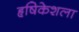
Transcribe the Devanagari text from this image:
हृषिकेशला